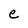
Character: e